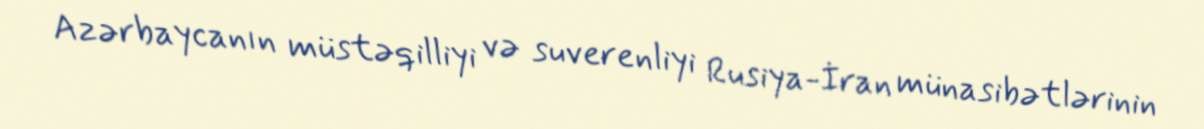
Azərbaycanın müstəqilliyi və suverenliyi Rusiya-İran münasibətlərinin